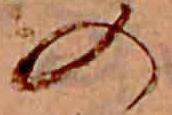
の